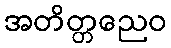
အတိတ္တညေဝ